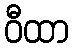
ဝီထာ